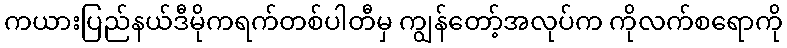
ကယားပြည်နယ်ဒီမိုကရက်တစ်ပါတီမှ ကျွန်တော့်အလုပ်က ကိုလက်စရောကို